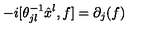
- i [ \theta _ { j l } ^ { - 1 } \hat { x } ^ { l } , f ] = \partial _ { j } ( f )